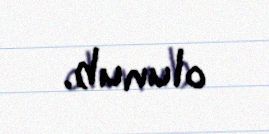
olunub.